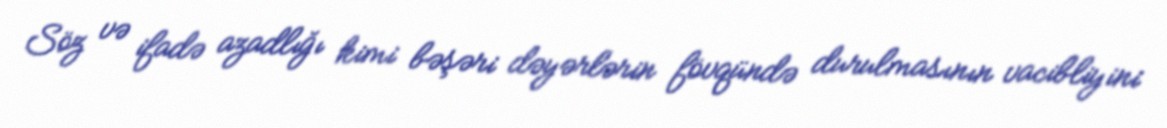
Söz və ifadə azadlığı kimi bəşəri dəyərlərin fövqündə durulmasının vacibliyini